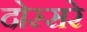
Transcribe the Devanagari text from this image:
दोस्सरे